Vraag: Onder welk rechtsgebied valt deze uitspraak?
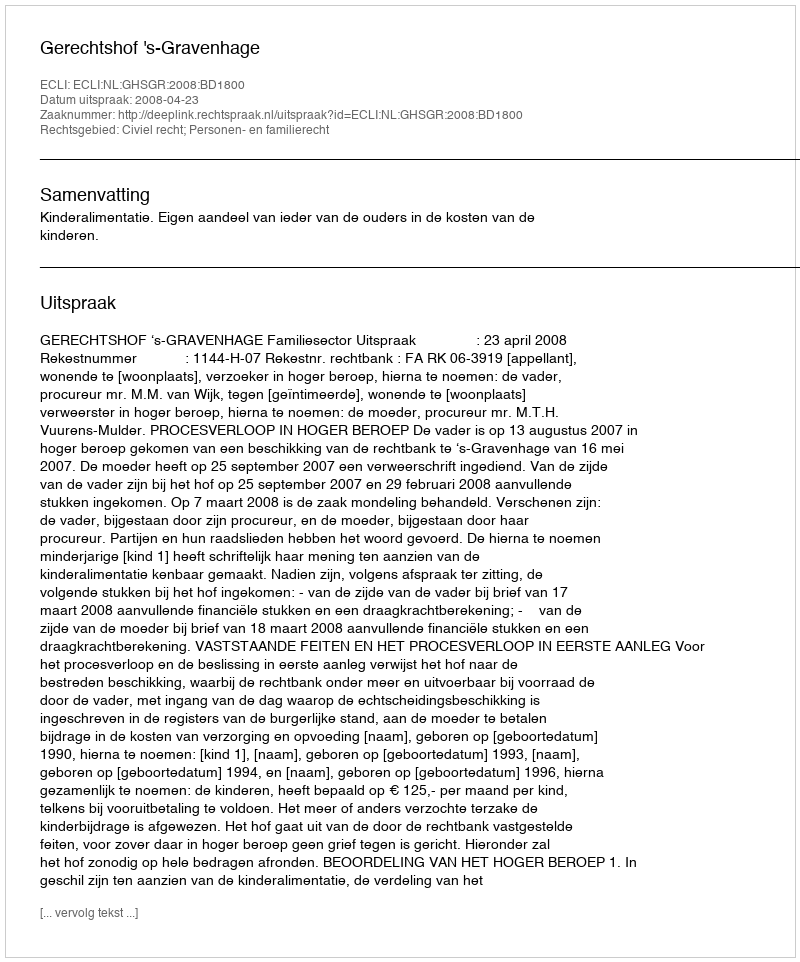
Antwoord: Civiel recht; Personen- en familierecht